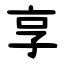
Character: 享